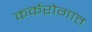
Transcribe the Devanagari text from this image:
कर्करोगात